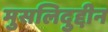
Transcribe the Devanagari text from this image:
मुसलिदुद्दीन